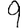
Digit: 9